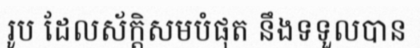
រូប ដែលស័ក្តិសមបំផុត នឹងទទួលបាន